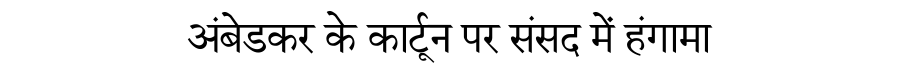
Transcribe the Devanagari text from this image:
अंबेडकर के कार्टून पर संसद में हंगामा